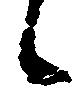
候